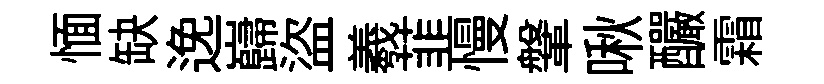
愐缺𨓜巋盜羲韮慢鞶啾釅霜